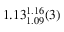
1 . 1 3 _ { 1 . 0 9 } ^ { 1 . 1 6 } ( 3 )